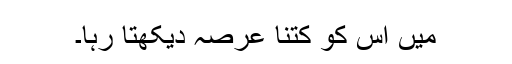
میں اس کو کتنا عرصہ دیکھتا رہا۔